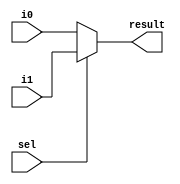
// **************************************************************************************
// Project: AFTAB
// Version: 1.0
// Date:
//
// Module Name: aftab_mux2to1
// Description:
//
// Dependencies:
//
// File content description:
// mux2to1 for AFTAB datapath
//
// **************************************************************************************
`timescale 1ns/1ns

module aftab_mux2to1 #(parameter size = 33)(
    input [size-1:0] i0,
    input [size-1:0] i1,
    input sel,
    output [size-1:0] result
);

    assign result = (sel == 1'b0) ? i0 :
                    (sel == 1'b1) ? i1 : 32'b0;

endmodule